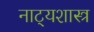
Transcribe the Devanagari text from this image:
नाट्‍यशास्त्र